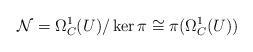
LaTeX: \begin{align*}\mathcal N = \Omega_{C}^1 (U)/\ker\pi \cong \pi(\Omega_{C}^1(U))\end{align*}